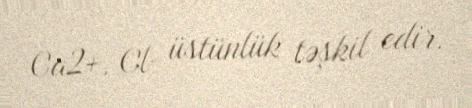
Ca2+, Cl- üstünlük təşkil edir.